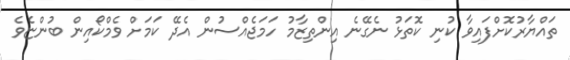
ތައްޔާރުކޮށްފައިވާ ކުނި ކޮތަޅު ނެގޭނެ އިންތިޒާމު ހަމަޖެއްސުން އެދޭ ކަމަށް ވެމްކޯއިން ބުންޏެވެ